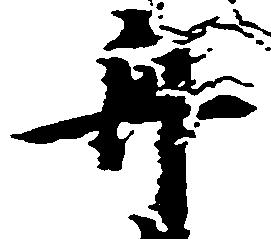
丹